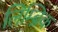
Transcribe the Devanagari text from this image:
लिम्ब्रिक